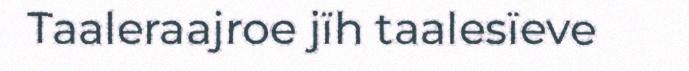
Taaleraajroe jïh taalesïeve